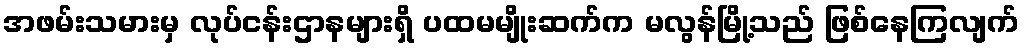
အဖမ်းသမားမှ လုပ်ငန်းဌာနများရှိ ပထမမျိုးဆက်က မလွန်မြို့သည် ဖြစ်နေကြလျက်